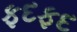
ફદફદ